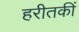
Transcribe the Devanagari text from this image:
हरीतकीं